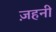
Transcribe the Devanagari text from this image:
ज़हनी